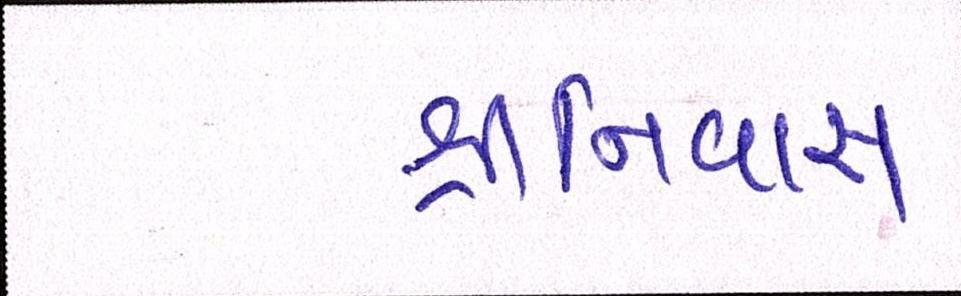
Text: શ્રીનિવાસ